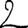
Digit: 2